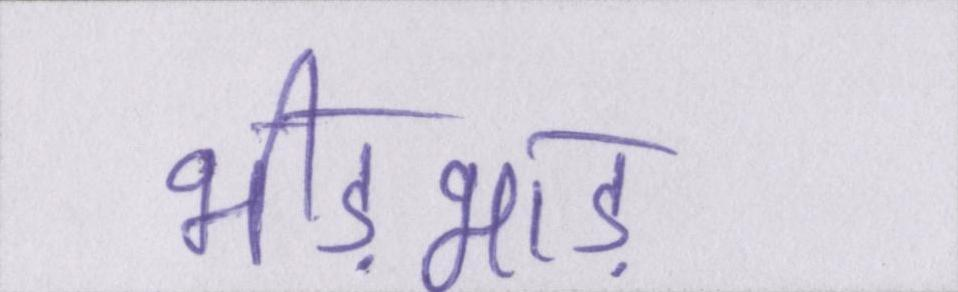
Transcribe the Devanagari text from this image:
भीड़भाड़